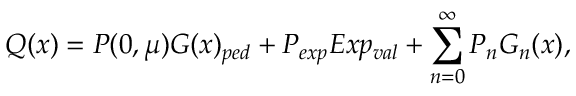
Q ( x ) = P ( 0 , \mu ) G ( x ) _ { p e d } + P _ { e x p } E x p _ { v a l } + \sum _ { n = 0 } ^ { \infty } P _ { n } G _ { n } ( x ) ,